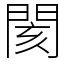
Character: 閡